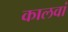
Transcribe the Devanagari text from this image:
कालवां